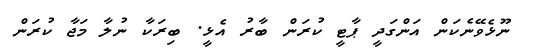
ނޫޅެވޭނެކަން އަންގަދީ ޕާޓީ ކުރަން ބާރު އެޅީ. ބިރަކާ ނުލާ މަޖާ ކުރަން